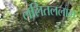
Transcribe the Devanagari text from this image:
ललितललाम